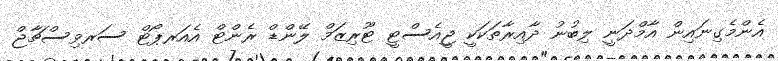
އެންމެގިނައިން އާމްދަނީ ލިބުނު ދާއިރާތަކަކީ ޖީއެސްޓީ ޓޫރިޒަމް ލޭންޑް ރެންޓް އެއަރޕޯޓް ސަރވިސްޗާޖް